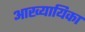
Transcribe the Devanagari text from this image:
अाख्यायिका